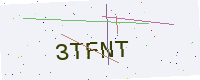
Text: 3TFNT